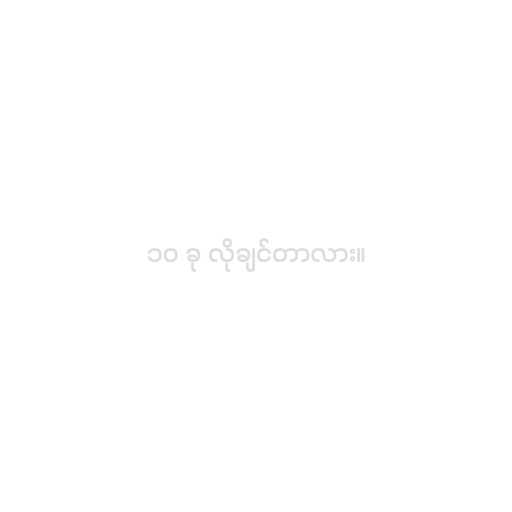
၁၀ ခု လိုချင်တာလား။